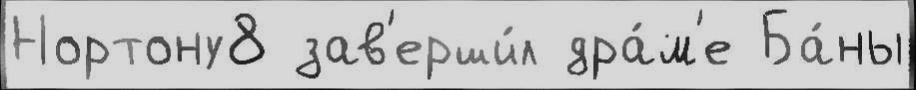
Нортону8 зав'ерши́л дра́м'е Ба́ны